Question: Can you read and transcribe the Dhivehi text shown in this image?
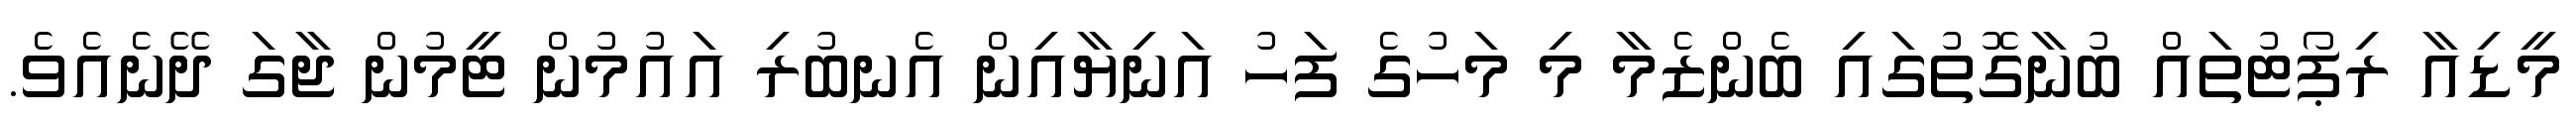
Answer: މީޑިއާ ރިޕޯޓުތައް ބުނާގޮތުގައި ބެންޒެމާ މި މަހުގެ ފަހު އަނިޔާއިން އެނބުރި އައުމުން ޓީމުން ޖާގަ ދޭނެއެވެ.